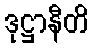
ဒုဋ္ဌာနီတိ